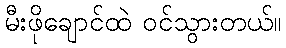
မီးဖိုချောင်ထဲ ဝင်သွားတယ်။